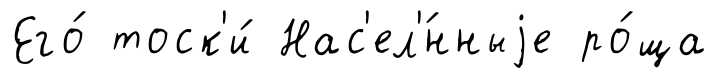
Его́ тоск'и́ Нас'ел'́нныjе ро́ща